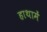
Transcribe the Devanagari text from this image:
हाथामें